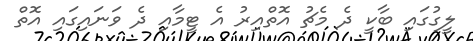
ލީގުގައި ބާކީ ދެ މެޗު އޮތްއިރު އެ ޓީމާއި ދެ ވަނައިގައި އޮތް